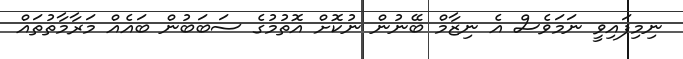
ނިމިފައިވީ ނަމަވެސް އެ ނިޒާމް ބޭނުން ނުކޮށް އޮތުމުގެ ސަބަބުން ބައެއް މަރާމާތުތައް